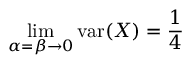
\operatorname* { l i m } _ { \alpha = \beta \to 0 } \operatorname { v a r } ( X ) = { \frac { 1 } { 4 } }